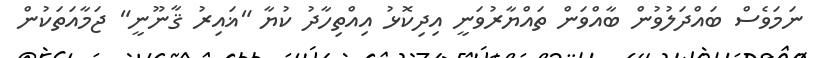
ނަމަވެސް ބައްދަލުވުން ބާއްވަން ތައްޔާރުވަނީ އިދިކޮޅު އިއްތިހާދު ކުޔާ "ޣައިރު ޤާނޫނީ" ޖަމާއަތަކުން